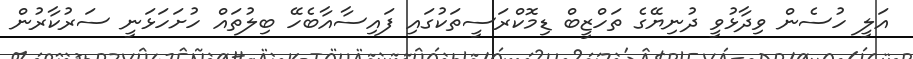
އަލީ ހުސެން ވިދާޅުވީ ދުނިޔޭގެ ތަހްޒީބް ޑިމޮކްރަސީތަކުގައި ފައިސާއާބެހޭ ބިލުތައް ހުށަހަޅަނީ ސަރުކާރުން